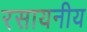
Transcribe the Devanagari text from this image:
रसायनीय